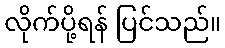
လိုက်ပို့ရန် ပြင်သည်။